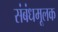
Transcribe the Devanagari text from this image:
संबंधमूलक